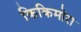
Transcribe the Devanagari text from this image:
किकिमोरा